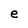
Character: e